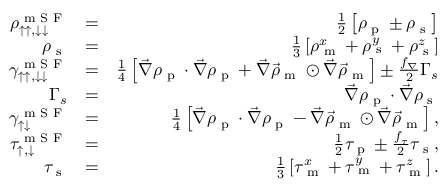
\begin{array} { r l r } { \rho _ { \uparrow \uparrow , \downarrow \downarrow } ^ { \textrm { m S F } } } & { = } & { \frac { 1 } { 2 } \left[ \rho _ { \textrm { p } } \pm \rho _ { \textrm { s } } \right] } \\ { \rho _ { \textrm { s } } } & { = } & { \frac { 1 } { 3 } \left[ \rho _ { \textrm { m } } ^ { x } + \rho _ { \textrm { s } } ^ { y } + \rho _ { \textrm { s } } ^ { z } \right] } \\ { \gamma _ { \uparrow \uparrow , \downarrow \downarrow } ^ { \textrm { m S F } } } & { = } & { \frac { 1 } { 4 } \left[ \vec { \nabla } \rho _ { \textrm { p } } \cdot \vec { \nabla } \rho _ { \textrm { p } } + \vec { \nabla } \vec { \rho } _ { \textrm { m } } \odot \vec { \nabla } \vec { \rho } _ { \textrm { m } } \right] \pm \frac { f _ { \nabla } } { 2 } \Gamma _ { s } } \\ { \Gamma _ { s } } & { = } & { \vec { \nabla } \rho _ { \textrm { p } } \cdot \vec { \nabla } \rho _ { \textrm { s } } } \\ { \gamma _ { \uparrow \downarrow } ^ { \textrm { m S F } } } & { = } & { \frac { 1 } { 4 } \left[ \vec { \nabla } \rho _ { \textrm { p } } \cdot \vec { \nabla } \rho _ { \textrm { p } } - \vec { \nabla } \vec { \rho } _ { \textrm { m } } \odot \vec { \nabla } \vec { \rho } _ { \textrm { m } } \right] , } \\ { \tau _ { \uparrow , \downarrow } ^ { \textrm { m S F } } } & { = } & { \frac { 1 } { 2 } \tau _ { \textrm { p } } \pm \frac { f _ { \tau } } { 2 } \tau _ { \textrm { s } } , } \\ { \tau _ { \textrm { s } } } & { = } & { \frac { 1 } { 3 } \left[ \tau _ { \textrm { m } } ^ { x } + \tau _ { \textrm { m } } ^ { y } + \tau _ { \textrm { m } } ^ { z } \right] . } \end{array}